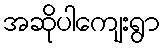
အဆိုပါကျေးရွာ